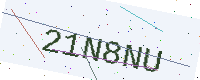
Text: 21N8NU